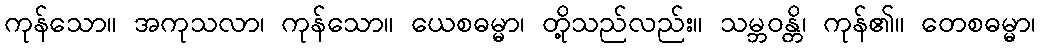
ကုန်သော။ အကုသလာ၊ ကုန်သော။ ယေစဓမ္မာ၊ တို့သည်လည်း။ သမ္ဘဝန္တိ၊ ကုန်၏။ တေစဓမ္မာ၊